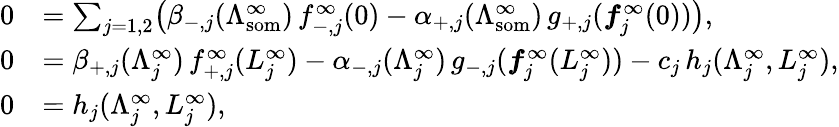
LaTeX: \begin{array}{rl}{0}&{=\sum_{j=1,2}\bigl(\beta_{-,j}(\Lambda_{\mathrm{som}}^{\infty})\, f_{-,j}^{\infty}(0)-\alpha_{+,j}(\Lambda_{\mathrm{som}}^{\infty})\, g_{+,j}(\boldsymbol{f}_{j}^{\infty}(0))\bigr),}\\ {0}&{=\beta_{+,j}(\Lambda_{j}^{\infty})\, f_{+,j}^{\infty}(L_{j}^{\infty})-\alpha_{-,j}(\Lambda_{j}^{\infty})\, g_{-,j}(\boldsymbol{f}_{j}^{\infty}(L_{j}^{\infty}))-c_{j}\, h_{j}(\Lambda_{j}^{\infty},L_{j}^{\infty}),}\\ {0}&{=h_{j}(\Lambda_{j}^{\infty},L_{j}^{\infty}),}\end{array}